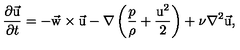
{ \frac { \partial \vec { \mathrm { u } } } { \partial t } } = - \vec { \mathrm { w } } \times \vec { \mathrm { u } } - \nabla \left( { \frac { p } { \rho } } + { \frac { \mathrm { u } ^ { 2 } } { 2 } } \right) + \nu \nabla ^ { 2 } \vec { \mathrm { u } } ,